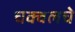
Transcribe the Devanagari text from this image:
चक्वलचे